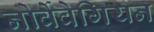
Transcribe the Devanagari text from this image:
नोर्वेवेगियन